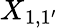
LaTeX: X{_{1,1^{\prime}}}